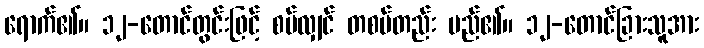
ရောက်၏။ ၁၂-တောင်တွင်းဖြင့် စပ်လျှင် တစပ်တည်း မည်၏။ ၁၂-တောင်ခြားသူအား